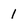
Character: 1